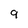
Character: 9